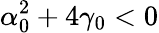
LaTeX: \alpha_{0}^{2}+4\gamma_{0}<0